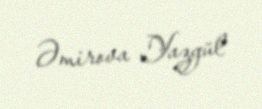
Əmirova Yazgül